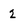
Character: 2